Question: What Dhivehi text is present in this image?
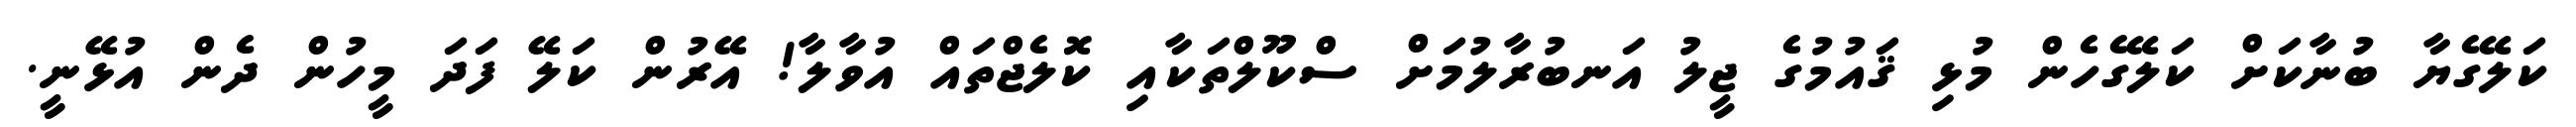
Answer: ކަލޭގެޔާ ބުނާކަށް ކަލޭގެހެން މުޅި ޤައުމުގެ ޖީލު އަނބުރާލުމަށް ސްކޫލްތަކާއި ކޮލެޖްތައް އުވާލާ! އޭރުން ކަލޭ ފަދަ މީހުން ދެން އުޅޭނީ.